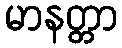
မာနတ္တာ